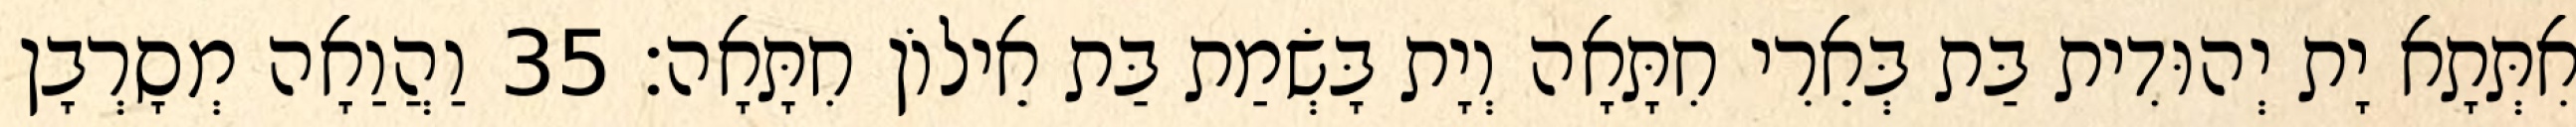
אִתְּתָא יָת יְהוּדִית בַּת בְּאֵרִי חִתָּאָה וְיָת בָּשְׂמַת בַּת אֵילוֹן חִתָּאָה׃ 35 וַהֲוַאָה מְסָרְבָן